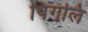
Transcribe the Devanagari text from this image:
पिंगलि